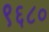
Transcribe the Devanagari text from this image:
९६८०